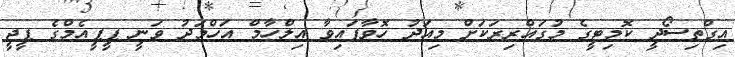
އިގްތިސޯދީ ކޮމިޓީގެ މުގައްރިރަކަށް މިއަދު ހޮވާފައިވާ އިލްހާމް އަހްމަދު ވަނީ ޕީޕީއެމްގެ ޕީޖީ